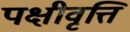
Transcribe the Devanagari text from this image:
पक्षीवृत्ति